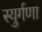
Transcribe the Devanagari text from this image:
स्युर्गणा